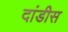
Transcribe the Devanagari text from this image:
दांडीस